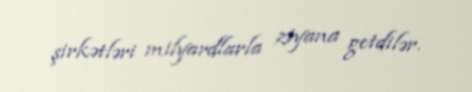
şirkətləri milyardlarla ziyana getdilər.